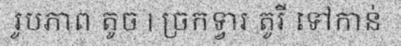
រូបភាព តូច | ច្រកទ្វារ តូរី ទៅកាន់